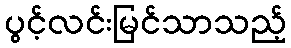
ပွင့်လင်းမြင်သာသည့်